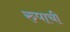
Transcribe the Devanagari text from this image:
रुपाची